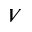
V